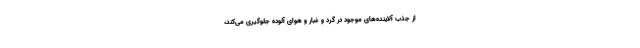
از جذب آلاینده‌های موجود در گرد و غبار و هوای آلوده جلوگیری می‌کند،